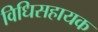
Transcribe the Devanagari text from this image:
विधिसहायक